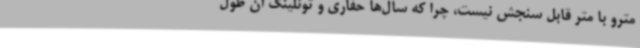
مترو با متر قابل سنجش نیست، چرا که سال‌ها حفاری و تونلینگ آن طول